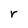
Character: r